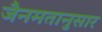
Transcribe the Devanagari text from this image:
जैनमतानुसार